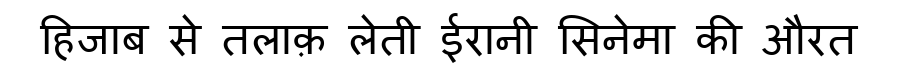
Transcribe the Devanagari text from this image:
हिजाब से तलाक़ लेती ईरानी सिनेमा की औरत